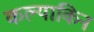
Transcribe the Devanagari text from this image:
कल्याकिन